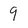
Character: 9